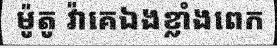
ម៉ូតូ វ៉ាគេឯងខ្លាំងពេក